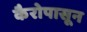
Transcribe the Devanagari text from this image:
कैरोपासून